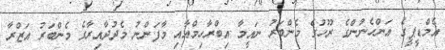
އެމްޑީޕީގެ އަންހެނުންގެ ރޫހުގެ މެންބަރު ނައީމާ އިބްރާހިމްއާއި މާފަންނު މެދުދާއިރާގެ މެންބަރު އަޒްރާ